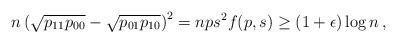
LaTeX: \begin{align*} n \left(\sqrt{p_{11}p_{00}} - \sqrt{p_{01}p_{10}} \right)^2 & = n ps^2 f(p,s) \ge (1+\epsilon) \log n \, , \end{align*}